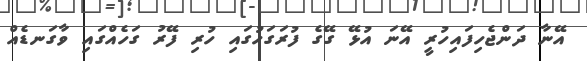
އޭނާ ދަންޖެހިފައިހުރީ އޭނަ އުޅޭ ގޭގެ ފުރަގަހުގައި ހުރި ފޭރު ގަހެއްގައި ވާގަނޑެއް